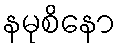
နမုစိနော